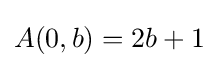
A(0,b)=2b+1